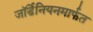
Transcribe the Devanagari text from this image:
जॉर्डेनियनमार्फत